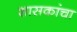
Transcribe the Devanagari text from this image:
शासकांचा